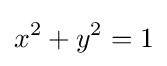
x^{2}+y^{2}=1